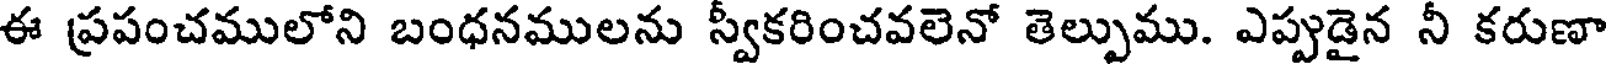
ఈ ప్రపంచములోని బంధనములను స్వీకరించవలెనో తెల్పుము. ఎప్పుడైన నీ కరుణా